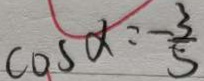
\cos x = - \frac { 3 } { 5 }